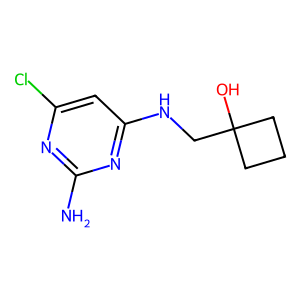
SMILES: Nc1nc(Cl)cc(NCC2(O)CCC2)n1
Inhibits HIV replication: No